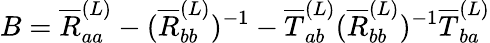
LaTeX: B=\overline{{R}}_{aa}^{(L)}-(\overline{{R}}_{bb}^{(L)})^{-1}-\overline{{T}}_{ab}^{(L)}(\overline{{R}}_{bb}^{(L)})^{-1}\overline{{T}}_{ba}^{(L)}